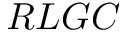
R L G C